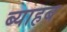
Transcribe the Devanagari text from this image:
ब्याहब